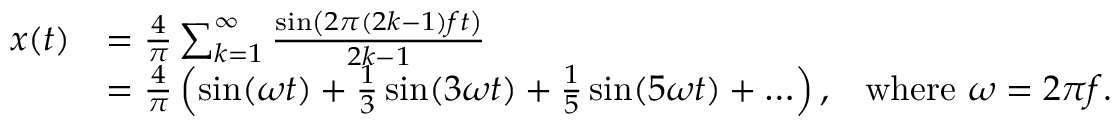
{ \begin{array} { r l r } { x ( t ) } & { = { \frac { 4 } { \pi } } \sum _ { k = 1 } ^ { \infty } { \frac { \sin \left( 2 \pi ( 2 k - 1 ) f t \right) } { 2 k - 1 } } } \\ & { = { \frac { 4 } { \pi } } \left( \sin ( \omega t ) + { \frac { 1 } { 3 } } \sin ( 3 \omega t ) + { \frac { 1 } { 5 } } \sin ( 5 \omega t ) + \ldots \right) , } & { { \mathrm { w h e r e ~ } } \omega = 2 \pi f . } \end{array} }